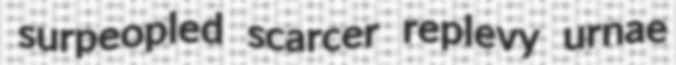
surpeopled scarcer replevy urnae